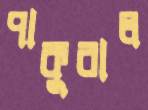
পাকুরাল